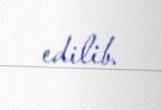
edilib.